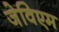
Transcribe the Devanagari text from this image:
जेविएम